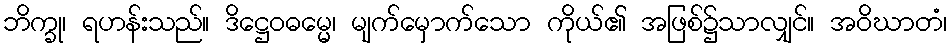
ဘိက္ခု၊ ရဟန်းသည်။ ဒိဋ္ဌေဝဓမ္မေ၊ မျက်မှောက်သော ကိုယ်၏ အဖြစ်၌သာလျှင်။ အဝိဃာတံ၊